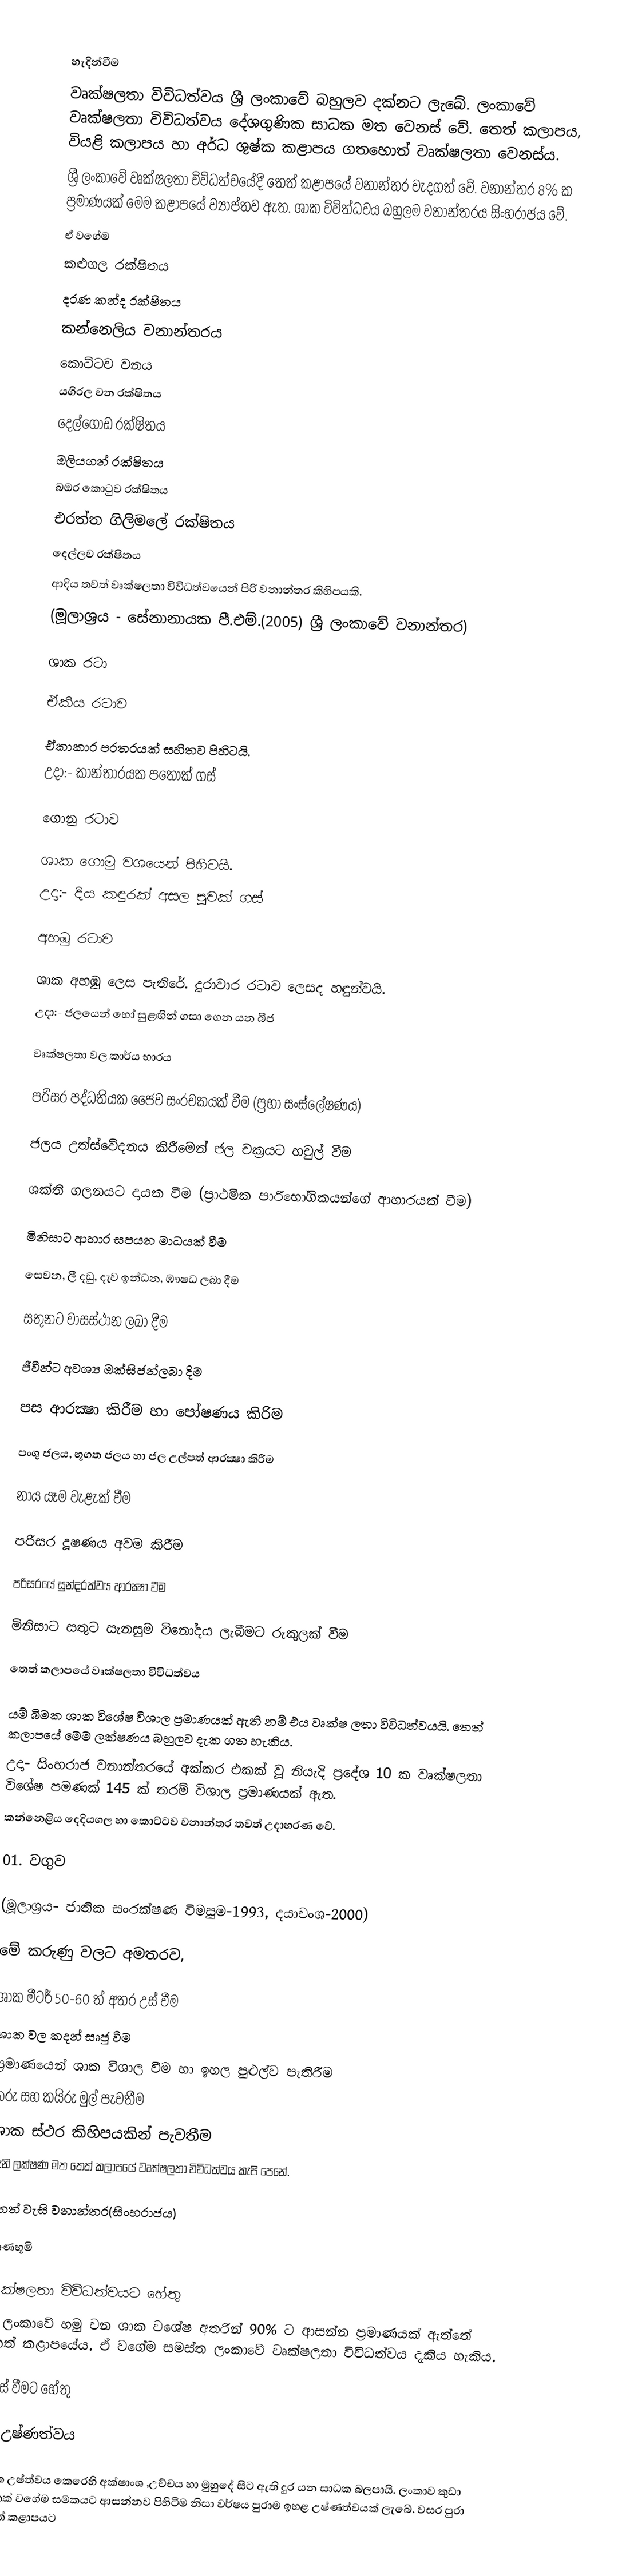

හැදින්වීම
වෘක්ෂලතා විවිධත්වය ශ්‍රී ලංකාවේ බහුලව දක්නට ලැබේ. ලංකාවේ වෘක්ෂලතා විවිධත්වය දේශගුණික සාධක මත වෙනස් වේ. තෙත් කලාපය, වියළි කලාපය හා අර්ධ ශුෂ්ක කළාපය ගතහොත්  වෘක්ෂලතා වෙනස්ය.
ශ්‍රී ලංකාවේ වෘක්ෂලතා විවිධත්වයේදී තෙත් කළාපයේ වනාන්තර වැදගත් වේ. වනාන්තර 8%  ක ප්‍රමාණයක් මෙම කළාපයේ ව්‍යාප්තව  ඇත. ශාක විවිත්ධවය බහුලම වනාන්තරය සිංහරාජය වේ.
ඒ වගේම
 කළුගල රක්ෂිතය
දරණ කන්ද රක්ෂිතය
කන්නෙලිය වනාන්තරය
කොට්ටව වනය
යගිරල වන රක්ෂිතය
දෙල්ගොඩ රක්ෂිතය
ඔලියගන් රක්ෂිතය
බඔර කොටුව රක්ෂිතය
එරත්ත ගිලිමලේ රක්ෂිතය
දෙල්ලව රක්ෂිතය
ආදිය තවත් වෘක්ෂලතා විවිධත්වයෙන් පිරි වනාන්තර කිහිපයකි.
(මූලාශ්‍රය - සේනානායක පී.එම්.(2005) ශ්‍රී ලංකාවේ  වනාන්තර)

ශාක රටා

ඒකීය රටාව

ඒකාකාර පරතරයක් සහිතව පිහිටයි.
උදා:- කාන්තාරයක පතොක් ගස්

ගොනු රටාව

ශාක ගොමු වශයෙන් පිහිටයි.
උදා:- දිය කඳුරක් අසල පුවක් ගස්

අහඹු රටාව

ශාක අහඹු ලෙස පැතිරේ. දුරාවාර රටාව ලෙසද හඳුන්වයි.
උදා:- ජලයෙන් හෝ සුළඟින් ගසා ගෙන යන බීජ

වෘක්ෂලතා වල කාර්ය භාරය

පරිසර පද්ධතියක ජෛව සංරචකයක් වීම (ප්‍රභා සංස්ලේෂණය)

ජලය උත්ස්වේදනය කිරීමෙන් ජල චක්‍රයට හවුල් වීම

ශක්ති ගලනයට දායක වීම (ප්‍රාථමික පාරිභෝගිකයන්ගේ ආහාරයක් වීම)

මිනිසාට ආහාර සපයන මාධයක් වීම

සෙවන, ලී දඩු, දැව ඉන්ධන, ඹෟෂධ ලබා දීම

සතුනට වාසස්ථාන ලබා දීම

ජීවීන්ට අවශ්‍ය ඔක්සිජන්ලබා දිම

පස ආරක්‍ෂා කිරීම හා පෝෂණය කිරිම

පංශු ජලය, භූගත ජලය හා ජල උල්පත් ආරක්‍ෂා කිරීම

නාය යෑම වැළැක් වීම

පරිසර දූෂණය අවම කිරීම

පරිසරයේ සුන්දරත්වය ආරක්‍ෂා වීම

මිනිසාට සතුට සැනසුම විනෝදය ලැබීමට රුකුලක් වීම

තෙත් කලාපයේ වෘක්ෂලතා විවිධත්වය

යම් බිමක ශාක විශේෂ විශාල ප්‍රමාණයක් ඇති නම් එය වෘක්ෂ ලතා විවිධත්වයයි. තෙත් කලාපයේ මෙම ලක්ෂණය බහුලව දැක ගත හැකිය.
උදා- සිංහරාජ වනාන්තරයේ අක්කර එකක් වූ නියැදි ප්‍රදේශ 10 ක වෘක්ෂලතා විශේෂ පමණක් 145 ක් තරම් විශාල ප්‍රමාණයක් ඇත.
කන්නෙළිය දෙදියගල හා කොට්ටව වනාන්තර තවත් උදාහරණ  වේ.

01. වගුව

(මූලාශ්‍රය- ජාතික සංරක්ෂණ විමසුම-1993, දයාවංශ-2000)

මේ කරුණු වලට අමතරව,

ශාක  මීටර් 50-60  ත් අතර උස් වීම
ශාක වල කදන් සෘජු වීම
ප්‍රමාණයෙන් ශාක විශාල වීම හා ඉහල පුළුල්ව පැතිරීම
කරු සහ කයිරු මුල් පැවතීම
ශාක ස්ථර කිහිපයකින් පැවතීම
	වැනි ලක්ෂණ මත තෙත් කලාපයේ වෘක්ෂලතා විවිධත්වය කැපි පෙනේ.

තෙත් වැසි වනාන්තර(සිංහරාජය)

තෘණභූමි

වෘක්ෂලතා විවිධත්වයට හේතු
	ශ්‍රී ලංකාවේ හමු වන ශාක වශේෂ අතරින් 90% ට ආසන්න ප්‍රමාණයක් ඇත්තේ තෙත් කළාපයේය. ඒ වගේම සමස්ත ලංකාවේ වෘක්ෂලතා විවිධත්වය දැකිය හැකිය.

එසේ වීමට හේතු

01.උෂ්ණත්වය

රටක උෂ්ත්වය කෙ‍රෙහි අක්ෂාංශ ,උච්චය හා මුහුදේ සිට ඇති දුර යන සාධක බලපායි. ලංකාව කුඩා දුපතක් වගේම සමකයට ආසන්නව පිහිටීම නිසා වර්ෂය පුරාම ඉහළ උෂ්ණත්වයක් ලැබේ. වසර පුරා තෙත් කළාපයට